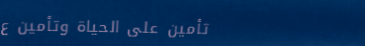
تأمين على الحياة وتأمين ع